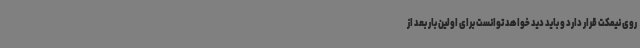
روی نیمکت قرار دارد و باید دید خواهد توانست برای اولین بار بعد از